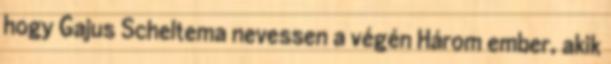
hogy Gajus Scheltema nevessen a végén Három ember, akik